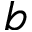
b